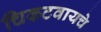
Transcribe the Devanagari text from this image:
चिकटवायचे